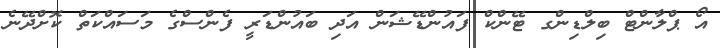
އޯ ޕްލާންޓް ބިލްޑިންގ ޓޭންކް ފައުންޑޭޝަން އަދި ބައުންޑަރީ ފެންސްގެ މަސައްކަތް ކޮށްދޭނެ